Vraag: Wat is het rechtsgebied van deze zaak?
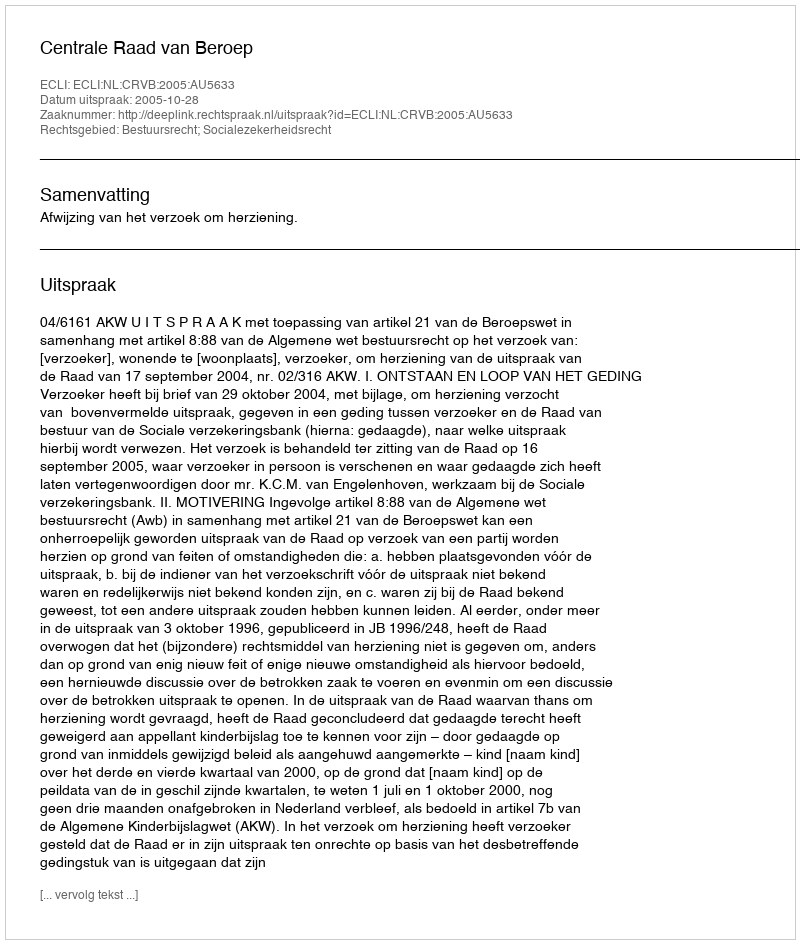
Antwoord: Bestuursrecht; Socialezekerheidsrecht